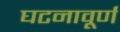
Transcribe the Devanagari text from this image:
घटनावूर्ण